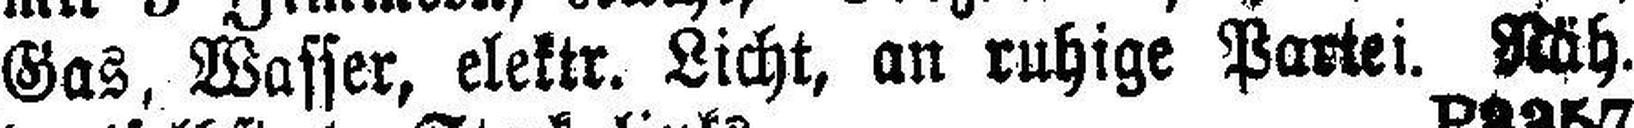
Gas, Wasser, elektr. Licht, an ruhige Partei. Näh.